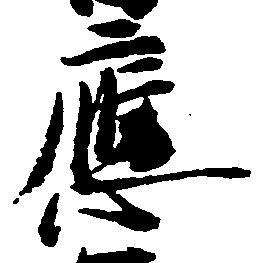
応